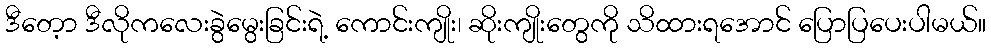
ဒီတေ့ာ ဒီလိုကလေးခွဲမွေးခြင်းရဲ့ ကောင်းကျိုး၊ ဆိုးကျိုးတွေကို သိထားရအောင် ပြောပြပေးပါမယ်။